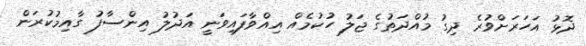
ދޮޅު އަހަރަށްވުރެ ދިގު މުއްދަތުގެ ޖަލު ހުކުމެއް އިއްވާފައިވަނީ އަދުލު އިންސާފު ގާއިމުކުރަން